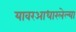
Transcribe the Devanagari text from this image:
यावरआधारलेल्या